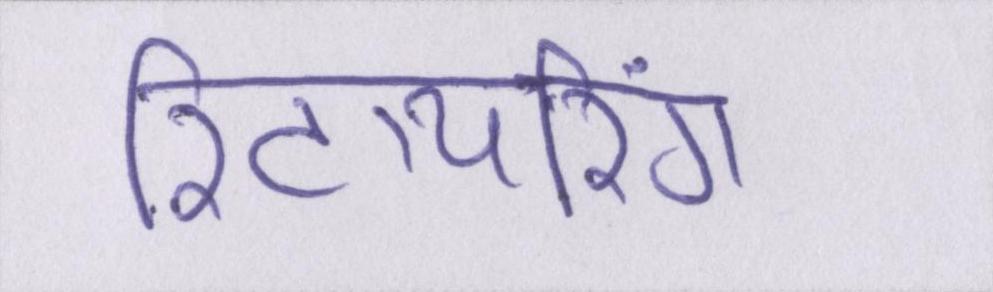
रिटायरिंग